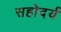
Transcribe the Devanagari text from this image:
सहोदर्य